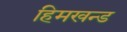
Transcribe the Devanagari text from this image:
हिमखन्ड